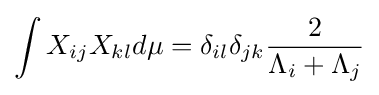
\int X_{ij}X_{kl}d\mu =\delta _{il}\delta _{jk}{\frac {2}{\Lambda _{i}+\Lambda _{j}}}